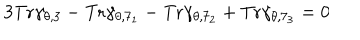
3 \mathrm { T r } \gamma _ { \theta , 3 } - \mathrm { T r } \gamma _ { \theta , 7 _ { 1 } } - \mathrm { T r } \gamma _ { \theta , 7 _ { 2 } } + \mathrm { T r } \gamma _ { \theta , 7 _ { 3 } } = 0